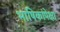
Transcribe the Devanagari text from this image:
भाषिकांपेक्षा